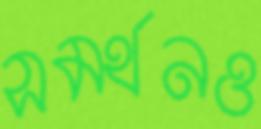
সমর্থনও